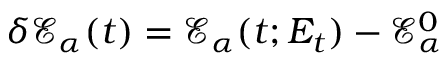
\delta \mathcal { E } _ { \alpha } ( t ) = \mathcal { E } _ { \alpha } ( t ; E _ { t } ) - \mathcal { E } _ { \alpha } ^ { 0 }